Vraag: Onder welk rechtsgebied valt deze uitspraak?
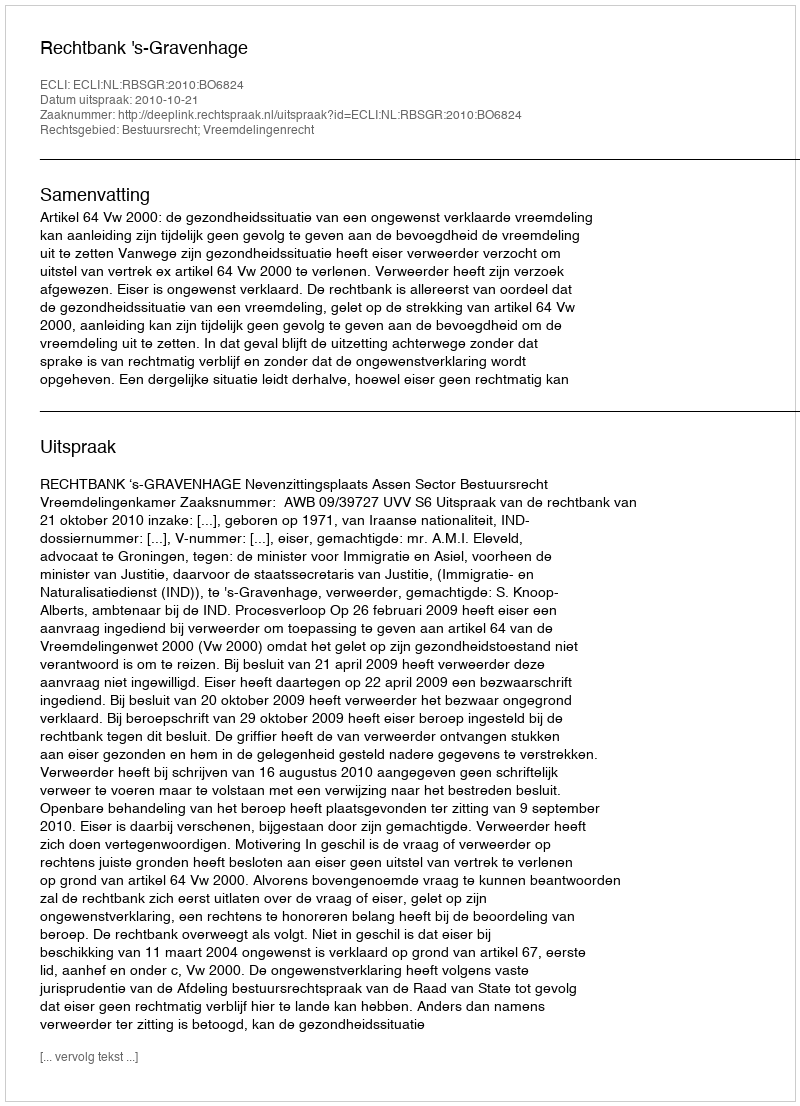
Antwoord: Bestuursrecht; Vreemdelingenrecht